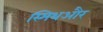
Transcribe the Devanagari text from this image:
स्मिथऔर